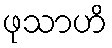
ဖုသာဟိ